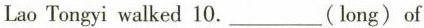
Lao Tongyi walked 10.___ (long) of